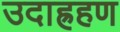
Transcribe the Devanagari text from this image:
उदाह्रहण